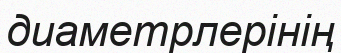
диаметрлерінің